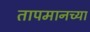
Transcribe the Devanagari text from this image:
तापमानच्या